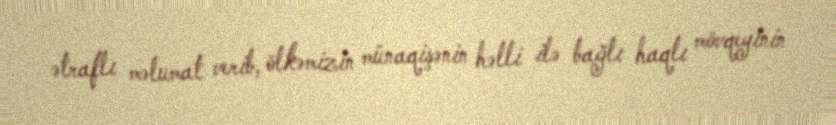
ətraflı məlumat verib, ölkəmizin münaqişənin həlli ilə bağlı haqlı mövqeyinin